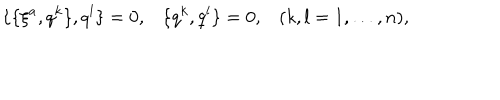
\{ \{ \xi ^ { a } , q ^ { k } \} , q ^ { l } \} = 0 , \{ q ^ { k } , q ^ { l } \} = 0 , ( k , l = 1 , \ldots , n ) ,